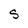
Character: S